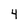
Character: 4